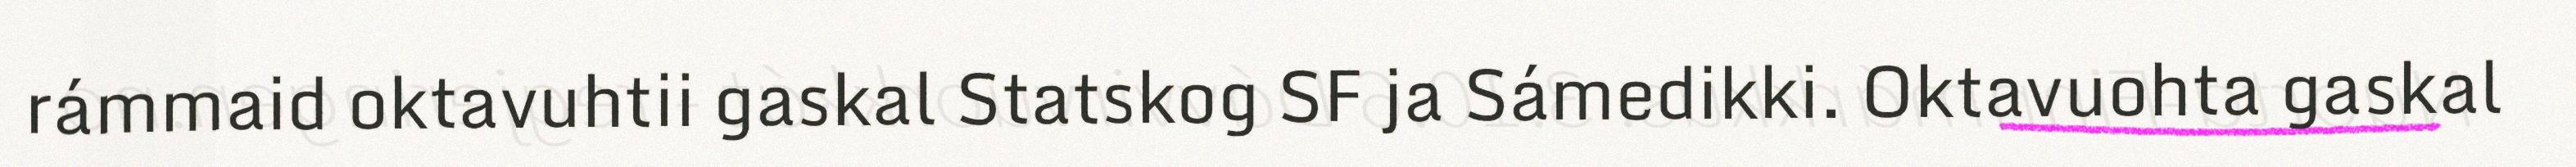
rámmaid oktavuhtii gaskal Statskog SF ja Sámedikki. Oktavuohta gaskal